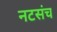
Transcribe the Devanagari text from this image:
नटसंच